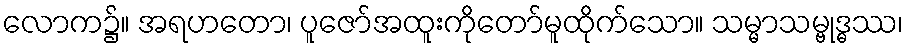
လောက၌။ အရဟတော၊ ပူဇော်အထူးကိုတော်မူထိုက်သော။ သမ္မာသမ္ဗုဒ္ဓဿ၊